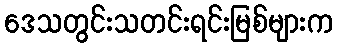
ဒေသတွင်းသတင်းရင်းမြစ်များက